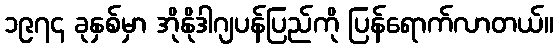
၁၉၇၄ ခုနှစ်မှာ အိုနိုဒါဂျပန်ပြည်ကို ပြန်ရောက်လာတယ်။